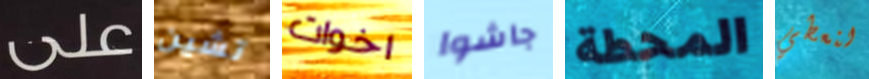
على تشين اخوات جاشوا المحطة لنعطي